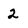
Character: 2